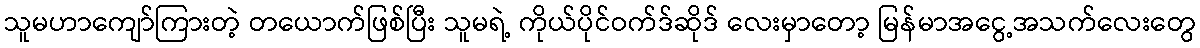
သူမဟာကျော်ကြားတဲ့ တယောက်ဖြစ်ပြီး သူမရဲ့ ကိုယ်ပိုင်ဝက်ဒ်ဆိုဒ် လေးမှာတော့ မြန်မာအငွေ့အသက်လေးတွေ